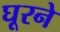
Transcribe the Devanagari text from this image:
घूरने